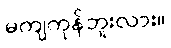
မကျကုန်ဘူးလား။